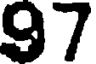
97